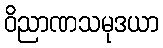
ဝိညာဏသမုဒယာ